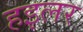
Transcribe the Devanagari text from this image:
हइलर